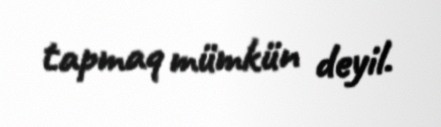
tapmaq mümkün deyil.